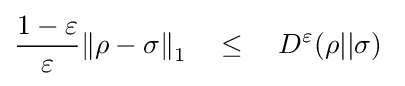
{\frac {1-\varepsilon }{\varepsilon }}{\left\|\rho -\sigma \right\|}_{1}\quad \leq \quad D^{\varepsilon }(\rho ||\sigma )~